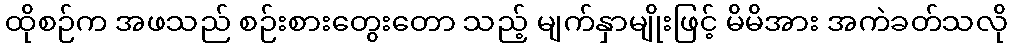
ထိုစဉ်က အဖသည် စဉ်းစားတွေးတော သည့် မျက်နှာမျိုးဖြင့် မိမိအား အကဲခတ်သလို